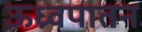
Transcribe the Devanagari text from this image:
ऊध्र्वपातन